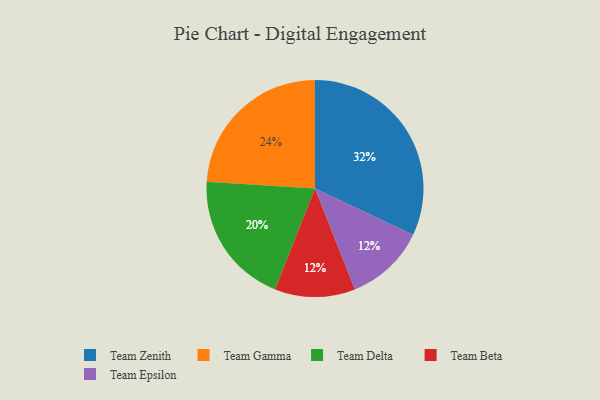
{"axis": {"x": "Category", "y": "Percentage"}, "legend": ["Team Beta", "Team Delta", "Team Epsilon", "Team Gamma", "Team Zenith"], "data": [{"x": "Team Beta", "y": 12, "type": "Team Beta"}, {"x": "Team Epsilon", "y": 12, "type": "Team Epsilon"}, {"x": "Team Delta", "y": 20, "type": "Team Delta"}, {"x": "Team Zenith", "y": 32, "type": "Team Zenith"}, {"x": "Team Gamma", "y": 24, "type": "Team Gamma"}]}